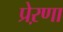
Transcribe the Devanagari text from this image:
प्रेऱणा